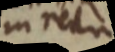
in recta